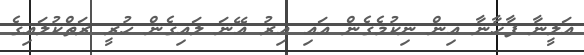
އަލީނާ ފާޚާނާ އިން ނިކުމެގެން އައި އިރު އޭނަ ލައިގެން ހުރީ ރަތްކުލައިގެ